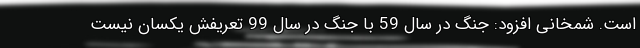
است. شمخانی افزود: جنگ در سال 59 با جنگ در سال 99 تعریفش یکسان نیست